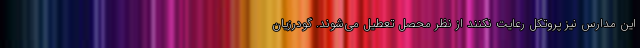
این مدارس نیز پروتکل رعایت نکنند از نظر محصل تعطیل می‌شوند. گودرزیان